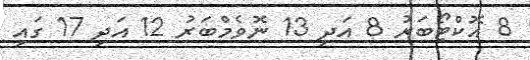
8 އޮކްޓޯބަރު 8 އަދި 13 ނޮވެމްބަރު 12 އަދި 17 ގައި